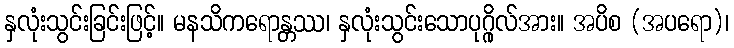
နှလုံးသွင်းခြင်းဖြင့်။ မနသိကရောန္တဿ၊ နှလုံးသွင်းသောပုဂ္ဂိုလ်အား။ အပိစ (အပရော)၊